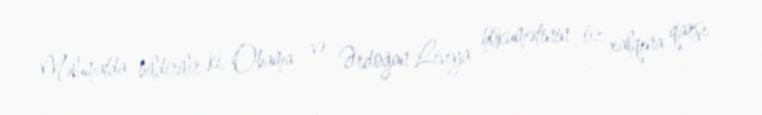
Məlumatda bildirilir ki, Obama və Ərdoğan Liviya hökumətinin öz xalqına qarşı